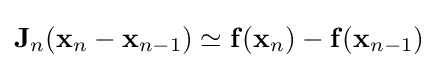
\mathbf {J} _{n}(\mathbf {x} _{n}-\mathbf {x} _{n-1})\simeq \mathbf {f} (\mathbf {x} _{n})-\mathbf {f} (\mathbf {x} _{n-1})